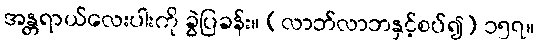
အန္တရာယ်လေးပါးကို ခွဲပြခန်း။ (လာဘ်လာဘနှင့်စပ်၍) ၁၅၇။